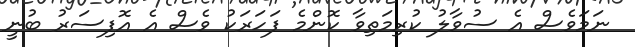
ނަމަވެސް އެ ސުވާލު ކުރިމަތިވާ ކޮންމެ ފަހަރަކު ވެސް އެ އޮފިސަރު ބުނީ